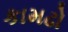
કામઢો